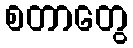
စတာတွေ